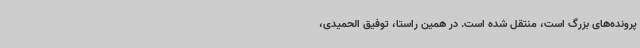
پرونده‌های بزرگ است، منتقل شده است. در همین راستا، توفیق الحمیدی،